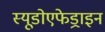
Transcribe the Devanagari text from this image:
स्यूडोएफेड्राइन